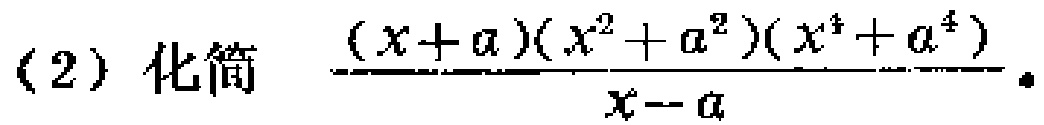
(2) 化简 $\frac{(x + a)(x^{2}+a^{2})(x^{4}+a^{4})}{x - a}$ 。